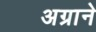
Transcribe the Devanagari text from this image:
अग्राने